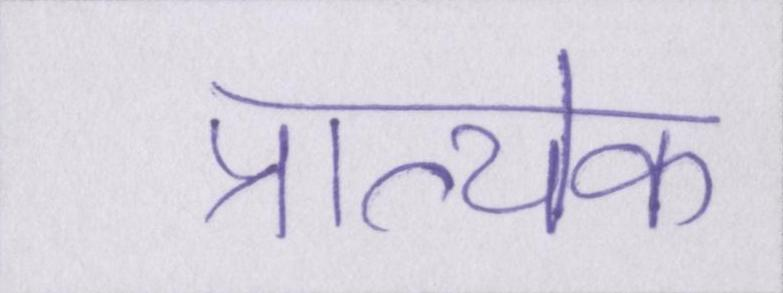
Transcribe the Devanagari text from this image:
प्रात्येक